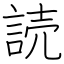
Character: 読